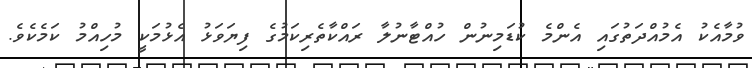
ވުމާއެކު އެމުއްދަތުގައި އެންމެ ކުޑަމިނުން ހުއްޓާނުލާ ރައްކާތެރިކަމުގެ ފިޔަވަޅު އެޅުމަކީ މުހިއްމު ކަމެކެވެ.